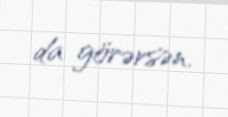
da görərsən.